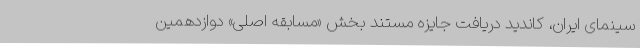
سینمای ایران، کاندید دریافت جایزه مستند بخش «مسابقه اصلی» دوازدهمين